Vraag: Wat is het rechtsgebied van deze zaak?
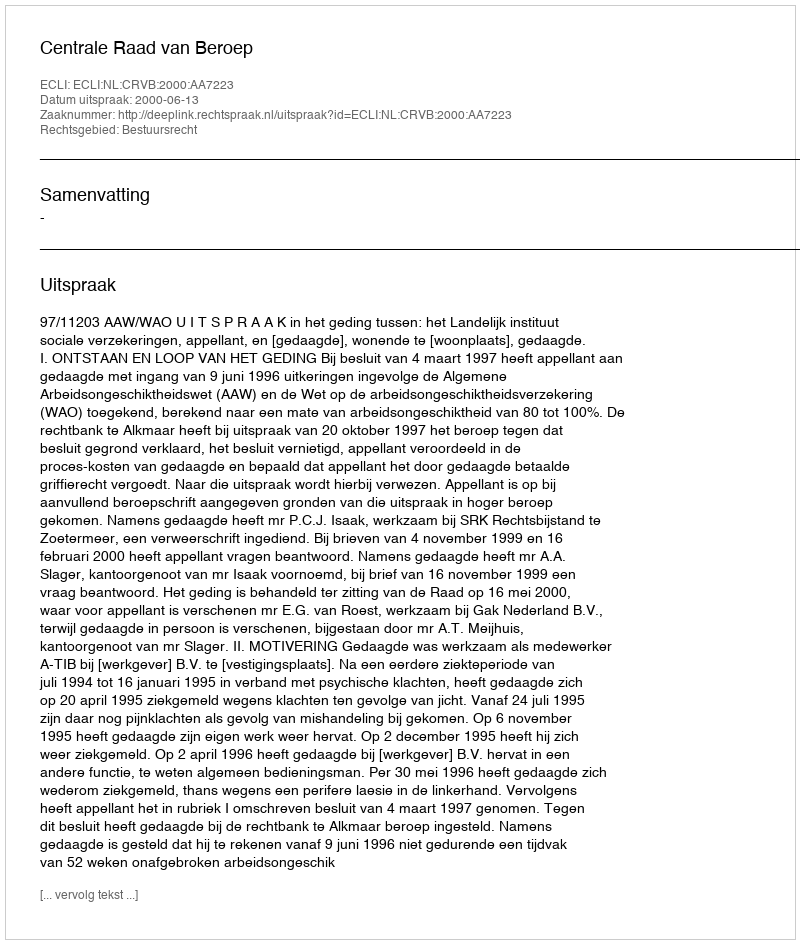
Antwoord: Bestuursrecht